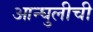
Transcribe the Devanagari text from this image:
आन्घुलीची